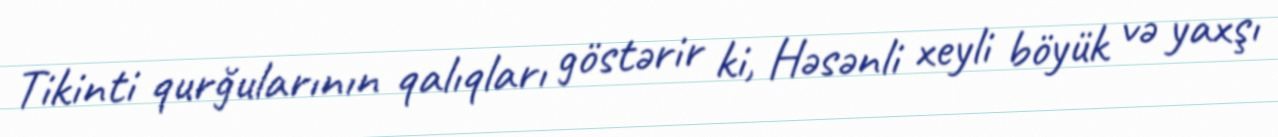
Tikinti qurğularının qalıqları göstərir ki, Həsənli xeyli böyük və yaxşı